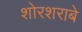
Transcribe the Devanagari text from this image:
शोरशराबे